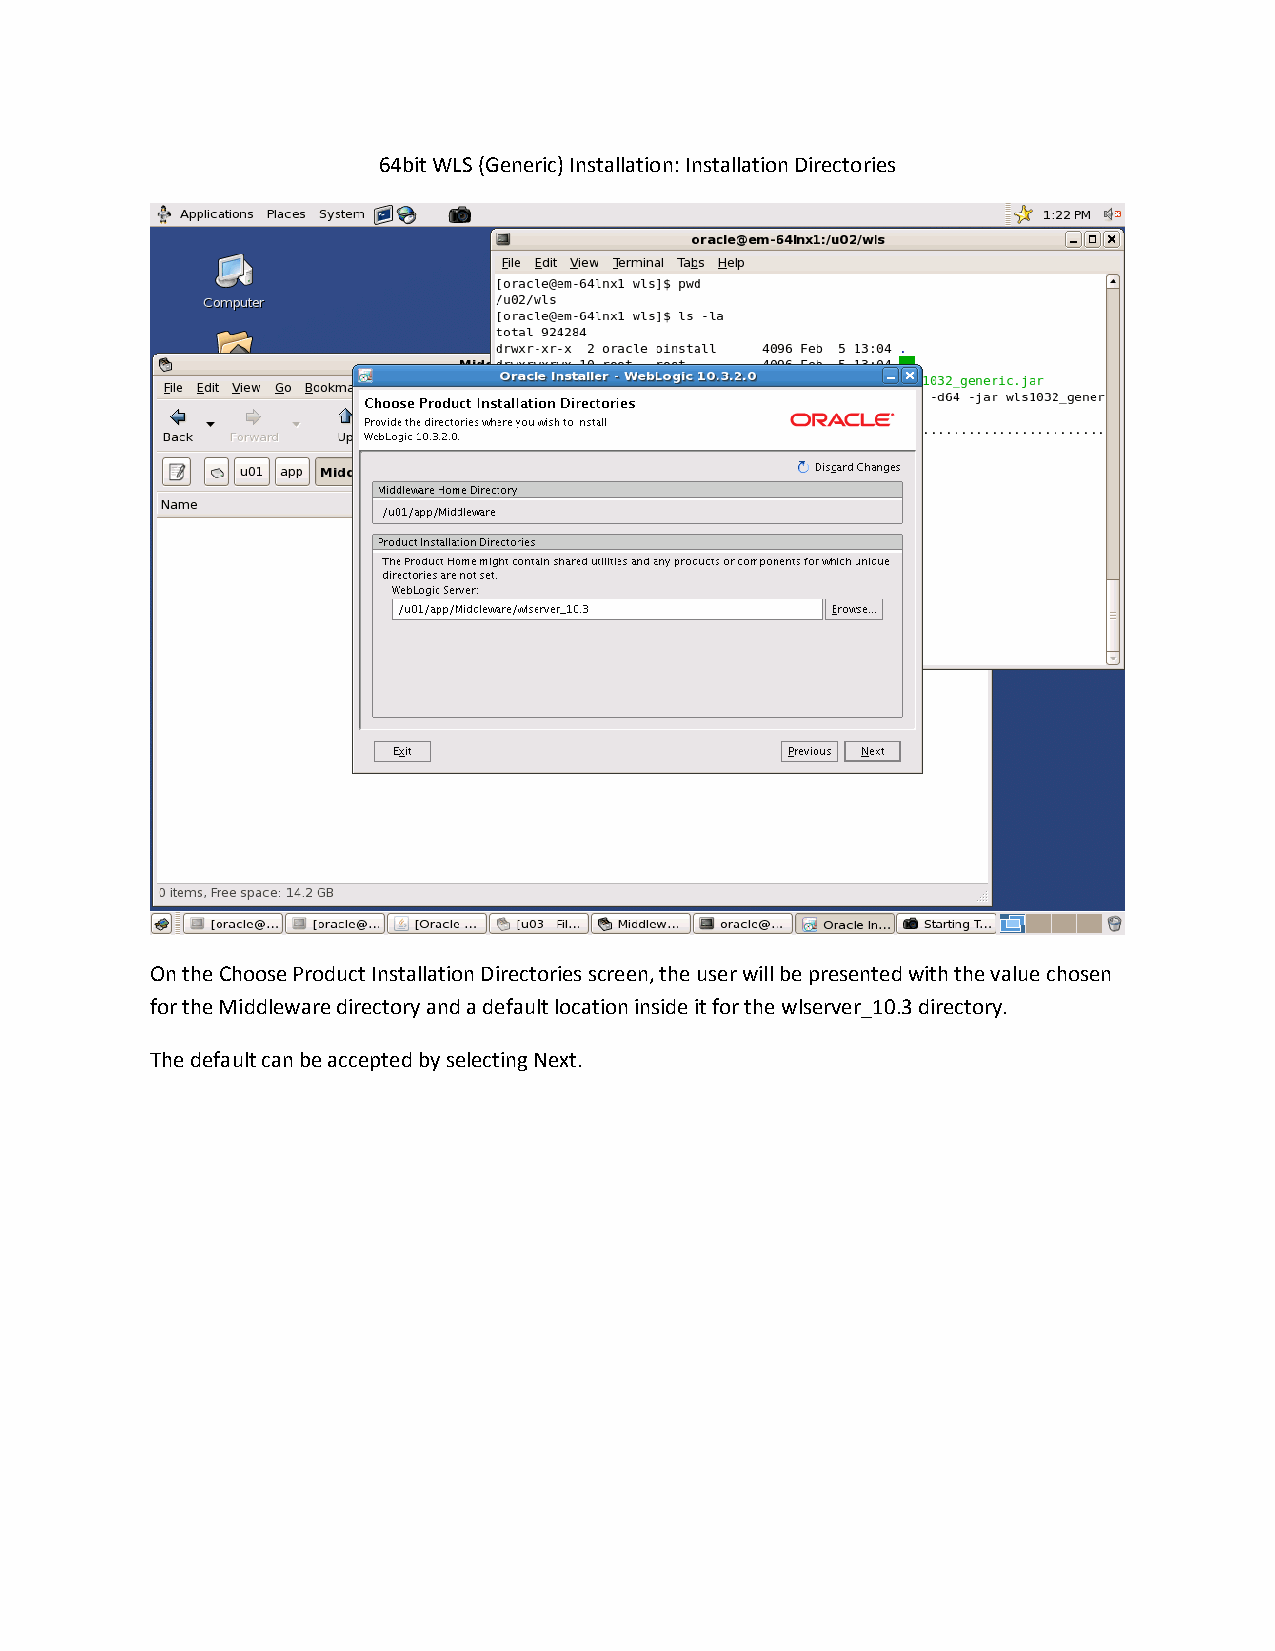
64bit WLS (Generic) Installation: Installation Directories
 On the Choose Product Installation Directories screen, the user will be presented with the value chosen
 for the Middleware directory and a default location inside it for the wlserver_10.3 directory.
 The default can be accepted by selecting Next.